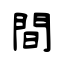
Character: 間